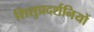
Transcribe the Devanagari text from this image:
शिशुप्रदर्शनियों